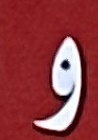
و